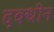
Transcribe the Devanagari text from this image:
दक्धीन